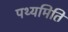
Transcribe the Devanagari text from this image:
पथ्यमिति